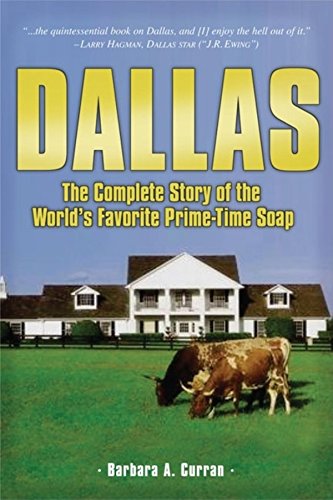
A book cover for Dallas: The Complete Story of the World's Favorite Prime-Time Soap; Barbara A Curran; Humor & Entertainment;